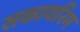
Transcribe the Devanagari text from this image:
सकायरिम